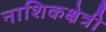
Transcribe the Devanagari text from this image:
नाशिकक्षेत्री